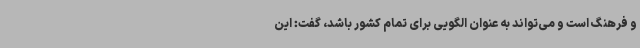
و فرهنگ است و می‌تواند به عنوان الگویی برای تمام کشور باشد، گفت: این